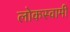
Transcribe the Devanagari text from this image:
लोकस्वामी